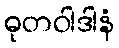
ဓုတဝါဒါနံ